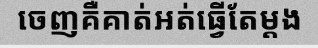
ចេញគឺគាត់អត់ធ្វើតែម្តង